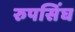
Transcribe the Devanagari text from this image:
रुपसिंघ